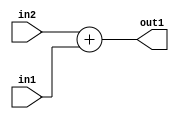
`timescale 1ps / 1ps
/*****************************************************************************
    Verilog RTL Description
    
    
    Created by: Stratus DpOpt 2019.1.01 
*******************************************************************************/

module GauFilter_Add_8Ux8U_8U_1 (
	in2,
	in1,
	out1
	); /* architecture "behavioural" */ 
input [7:0] in2,
	in1;
output [7:0] out1;
wire [7:0] asc001;

assign asc001 = 
	+(in2)
	+(in1);

assign out1 = asc001;
endmodule

/* CADENCE  urjwQw4= : u9/ySgnWtBlWxVPRXgAZ4Og= ** DO NOT EDIT THIS LINE ******/